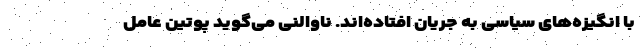
با انگیزه‌های سیاسی به جریان افتاده‌اند. ناوالنی می‌گوید پوتین عامل